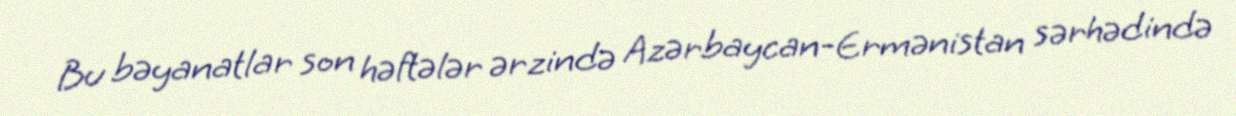
Bu bəyanatlar son həftələr ərzində Azərbaycan-Ermənistan sərhədində